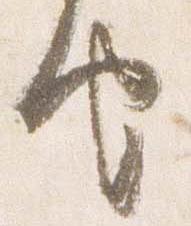
由